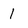
Character: 1